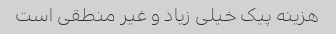
هزینه پیک خیلی زیاد و غیر منطقی است